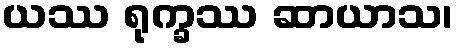
ယဿ ရုက္ခဿ ဆာယာသ၊